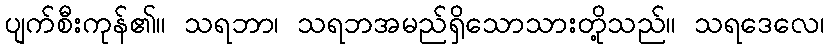
ပျက်စီးကုန်၏။ သရဘာ၊ သရဘအမည်ရှိသောသားတို့သည်။ သရဒေလေ၊